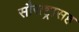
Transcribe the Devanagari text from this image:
सौराष्ट्रासह